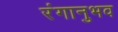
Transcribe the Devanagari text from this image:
रंगानुभव